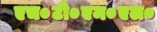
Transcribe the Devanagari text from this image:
एच०टी०एम०एल०